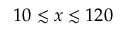
1 0 \lesssim x \lesssim 1 2 0